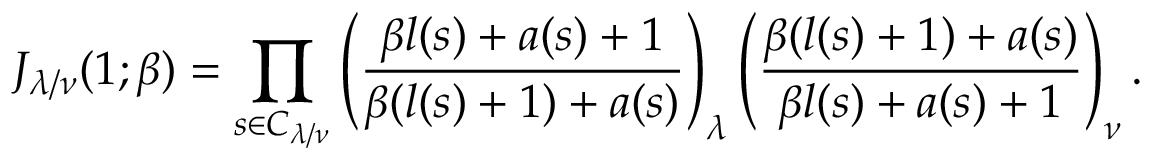
J _ { \lambda / \nu } ( 1 ; \beta ) = \prod _ { s \in C _ { \lambda / \nu } } \left( \frac { \beta l ( s ) + a ( s ) + 1 } { \beta ( l ( s ) + 1 ) + a ( s ) } \right) _ { \lambda } \left( \frac { \beta ( l ( s ) + 1 ) + a ( s ) } { \beta l ( s ) + a ( s ) + 1 } \right) _ { \nu } .